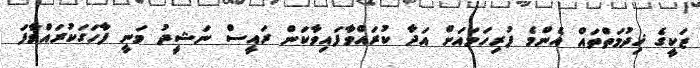
ޒަކީގެ ޚިދުމަތްތައް އެންމެ ފުރިހަމައަށް އަދާ ކުރައްވާފައިވާކަން ރައީސް ނަޝީދު ވަނީ ފާހަގަކުރައްވާފަ